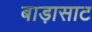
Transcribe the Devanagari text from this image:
बाड़ासाट